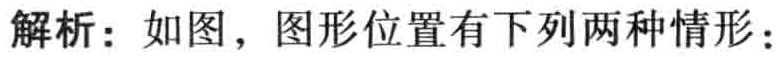
解析：如图，图形位置有下列两种情形：